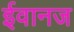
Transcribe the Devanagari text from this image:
ईवानज